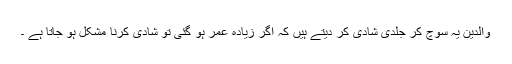
والدین یہ سوچ کر جلدی شادی کر دیتے ہیں کہ اگر زیادہ عمر ہو گئی تو شادی کرنا مشکل ہو جاتا ہے ۔